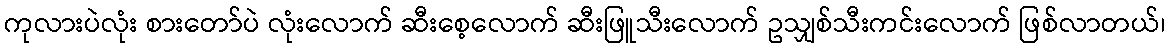
ကုလားပဲလုံး စားတော်ပဲ လုံးလောက် ဆီးစေ့လောက် ဆီးဖြူသီးလောက် ဥသျှစ်သီးကင်းလောက် ဖြစ်လာတယ်၊